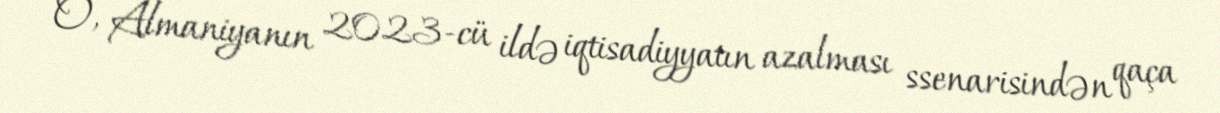
O, Almaniyanın 2023-cü ildə iqtisadiyyatın azalması ssenarisindən qaça